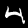
Label: 4